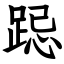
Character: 跽